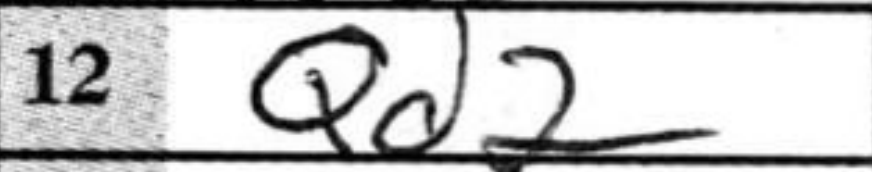
Transcription: Qd2